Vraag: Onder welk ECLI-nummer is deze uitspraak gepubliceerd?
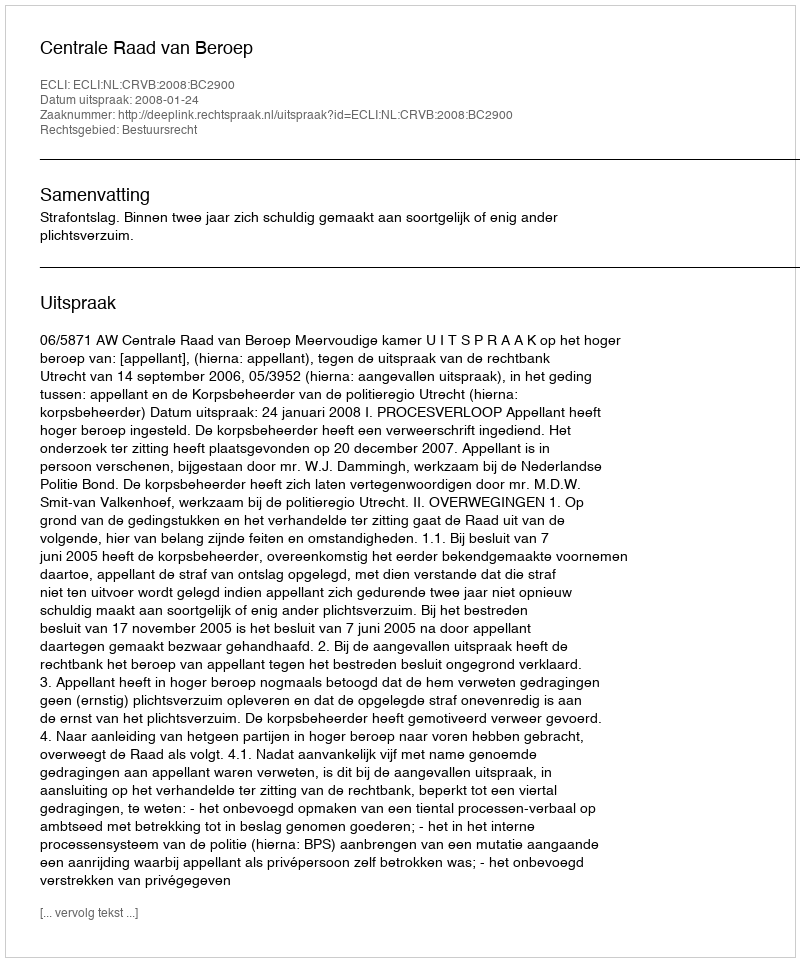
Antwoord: ECLI:NL:CRVB:2008:BC2900